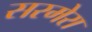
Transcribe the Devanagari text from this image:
सरमेरा